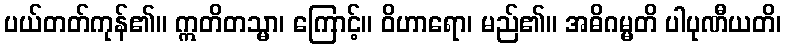
ပယ်တတ်ကုန်၏။ ဣတိတသ္မာ၊ ကြောင့်။ ဝိဟာရော၊ မည်၏။ အဓိဂမ္မတိ ပါပုဏီယတိ၊